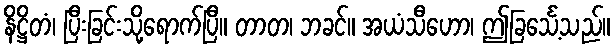
နိဋ္ဌိတံ၊ ပြီးခြင်းသို့ရောက်ပြီ။ တာတ၊ ဘခင်။ အယံသီဟော၊ ဤခြင်္သေ့သည်။